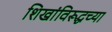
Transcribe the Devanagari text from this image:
शिखांविरूद्धच्या